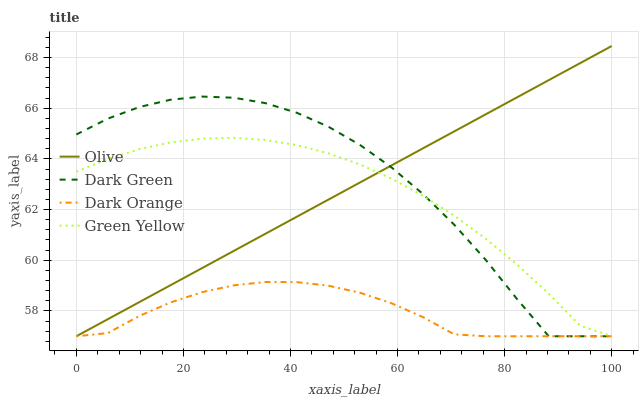
| xaxis_label | Olive | Dark Green | Dark Orange | Green Yellow |
 | --- | --- | --- | --- | --- |
 | 0 | 57 | 65 | 57 | 63.5 |
 | 5.88 | 57.7 | 65.6 | 57.1 | 64 |
 | 11.8 | 58.3 | 66 | 57.8 | 64.4 |
 | 17.6 | 59 | 66.3 | 58.3 | 64.7 |
 | 23.5 | 59.7 | 66.5 | 58.7 | 64.8 |
 | 29.4 | 60.4 | 66.4 | 59 | 64.8 |
 | 35.3 | 61 | 66.2 | 59.1 | 64.7 |
 | 41.2 | 61.7 | 65.8 | 59.1 | 64.5 |
 | 47.1 | 62.4 | 65.3 | 59 | 64.2 |
 | 52.9 | 63.1 | 64.6 | 58.7 | 63.8 |
 | 58.8 | 63.7 | 63.7 | 58.3 | 63.2 |
 | 64.7 | 64.4 | 62.6 | 57.8 | 62.6 |
 | 70.6 | 65.1 | 61.4 | 57.1 | 61.8 |
 | 76.5 | 65.8 | 60 | 57 | 60.8 |
 | 82.4 | 66.4 | 58.5 | 57 | 59.8 |
 | 88.2 | 67.1 | 57 | 57 | 58.7 |
 | 94.1 | 67.8 | 57 | 57 | 57.4 |
 | 100 | 68.5 | 57 | 57 | 57 |